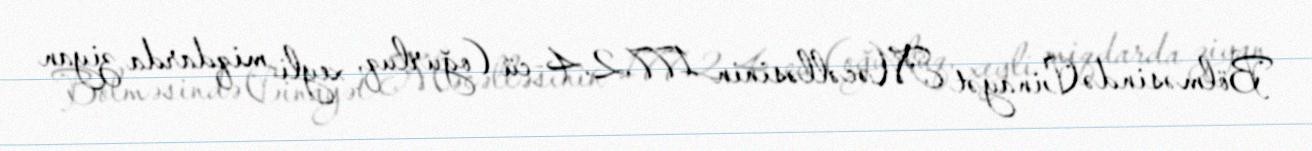
Bölməsində Cinayət Məcəlləsinin 177.2.4-cü (oğurluq, xeyli miqdarda ziyan